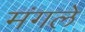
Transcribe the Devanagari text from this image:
मंगले